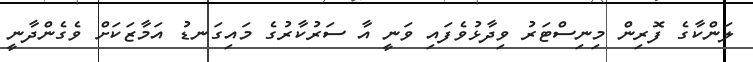
ލަންކާގެ ފޮރިން މިނިސްޓަރު ވިދާޅުވެފައި ވަނީ އާ ސަރުކާރުގެ މައިގަނޑު އަމާޒަކަށް ވެގެންދާނީ